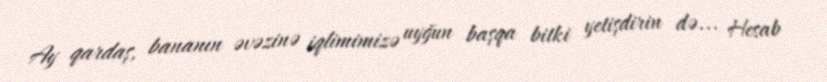
Ay qardaş, bananın əvəzinə iqlimimizə uyğun başqa bitki yetişdirin də... Hesab